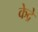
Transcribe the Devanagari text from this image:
केद्रे